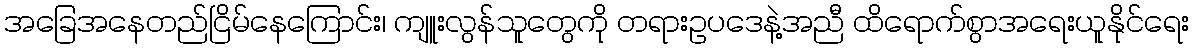
အခြေအနေတည်ငြိမ်နေကြောင်း၊ ကျူးလွန်သူတွေကို တရားဥပဒေနဲ့အညီ ထိရောက်စွာအရေးယူနိုင်ရေး